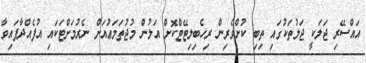
އައްސޭރި ޖަލަކީ ޖަލުތަކުގައި ތިބި ކުށްވެރިން ރިހެބިލިޓޭޓްކޮށް އަލުން މުޖުތަމަޢުއަށް ނެރުމަށްޓަކައި އުފެއްދާފައިވާ